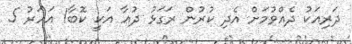
ދަރިއަކު ދެއްވުމަށް އެދި ކުރުން ރަގަޅު ދުޢާ އަކީ ކޮބާ1 އަހަރު 5